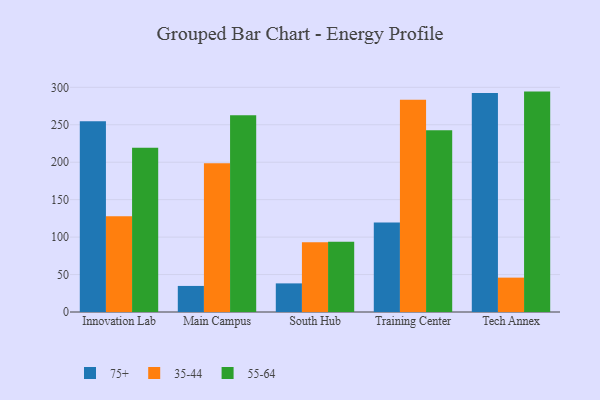
{"axis": {"x": "Campus", "y": "Latency (ms)"}, "legend": ["35-44", "55-64", "75+"], "data": [{"x": "Innovation Lab", "y": 254.7, "type": "75+"}, {"x": "Innovation Lab", "y": 128.0, "type": "35-44"}, {"x": "Innovation Lab", "y": 219.3, "type": "55-64"}, {"x": "Main Campus", "y": 34.8, "type": "75+"}, {"x": "Main Campus", "y": 198.7, "type": "35-44"}, {"x": "Main Campus", "y": 262.6, "type": "55-64"}, {"x": "South Hub", "y": 38.2, "type": "75+"}, {"x": "South Hub", "y": 93.2, "type": "35-44"}, {"x": "South Hub", "y": 93.9, "type": "55-64"}, {"x": "Training Center", "y": 119.6, "type": "75+"}, {"x": "Training Center", "y": 283.5, "type": "35-44"}, {"x": "Training Center", "y": 242.8, "type": "55-64"}, {"x": "Tech Annex", "y": 292.4, "type": "75+"}, {"x": "Tech Annex", "y": 45.9, "type": "35-44"}, {"x": "Tech Annex", "y": 294.3, "type": "55-64"}]}